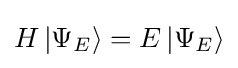
H\left|\Psi _{E}\right\rangle =E\left|\Psi _{E}\right\rangle